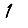
Digit: 1